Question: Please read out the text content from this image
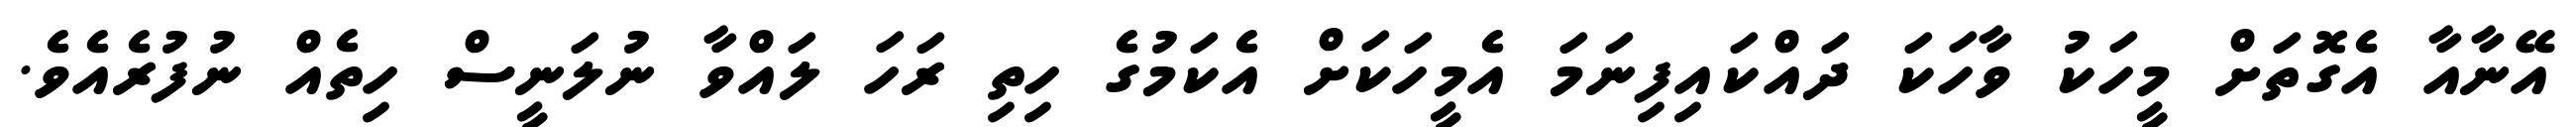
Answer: އޭނާއާ އެގޮތަށް މީހަކު ވާހަކަ ދައްކައިފިނަމަ އެމީހަކަށް އެކަމުގެ ހިތި ރަހަ ލައްވާ ނުލަނީސް ހިތެއް ނުފުރެއެވެ.